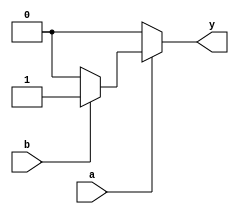
module and1(a,b,y);
input a,b;
output reg y;
always @ (a or b) begin
   if (a == 1'b1) begin
   		if(b == 1'b1)
       		y = 1'b1;
       	else
       		y = 1'b0;
   end
   else 
       y = 1'b0; 
end
endmodule